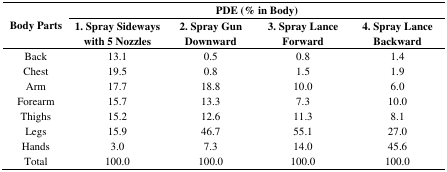
<table><thead><tr><td rowspan="2"><b>Body Parts</b></td><td colspan="4"><b>PDE (% in Body)</b></td></tr><tr><td><b>1. Spray Sideways with 5 Nozzles</b></td><td><b>2. Spray Gun Downward</b></td><td><b>3. Spray Lance Forward</b></td><td><b>4. Spray Lance Backward</b></td></tr></thead><tbody><tr><td>Back</td><td>13.1</td><td>0.5</td><td>0.8</td><td>1.4</td></tr><tr><td>Chest</td><td>19.5</td><td>0.8</td><td>1.5</td><td>1.9</td></tr><tr><td>Arm</td><td>17.7</td><td>18.8</td><td>10.0</td><td>6.0</td></tr><tr><td>Forearm</td><td>15.7</td><td>13.3</td><td>7.3</td><td>10.0</td></tr><tr><td>Thighs</td><td>15.2</td><td>12.6</td><td>11.3</td><td>8.1</td></tr><tr><td>Legs</td><td>15.9</td><td>46.7</td><td>55.1</td><td>27.0</td></tr><tr><td>Hands</td><td>3.0</td><td>7.3</td><td>14.0</td><td>45.6</td></tr><tr><td>Total</td><td>100.0</td><td>100.0</td><td>100.0</td><td>100.0</td></tr></tbody></table>